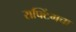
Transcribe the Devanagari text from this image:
राफ्टिंगचा